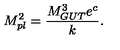
M _ { p l } ^ { 2 } = { \frac { M _ { G U T } ^ { 3 } e ^ { c } } { \displaystyle k } } . \,